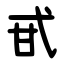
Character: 甙